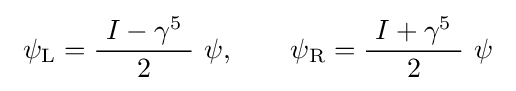
\ \psi _{\mathrm {L} }={\frac {\ I-\gamma ^{5}\ }{2}}\ \psi ,\qquad \psi _{\mathrm {R} }={\frac {\ I+\gamma ^{5}\ }{2}}\ \psi ~